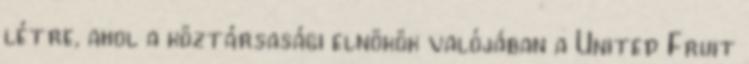
létre, ahol a köztársasági elnökök valójában a United Fruit